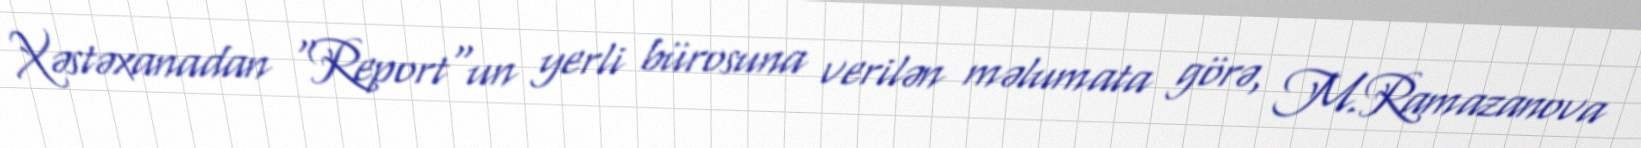
Xəstəxanadan "Report"un yerli bürosuna verilən məlumata görə, M.Ramazanova